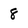
Character: 8